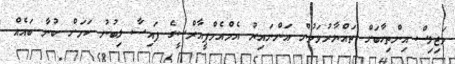
މަޖިލިސް އިންތިހާބަށް ތައްޔާރުވަމުން އަންނައިރު އެމްއެމްޕީއާރްސީގެ ފައިސާ ލިބުނު ކަމަށް ބުނާ ބައެއް